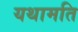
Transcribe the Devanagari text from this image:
यथामति